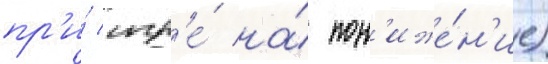
пр'и́ игр'е́ на́ пон'иже́н'ие)